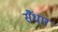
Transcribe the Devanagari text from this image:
सैंधार